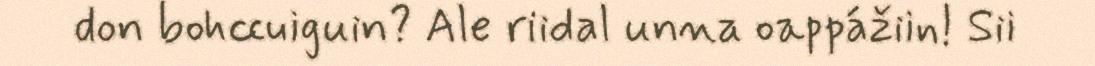
don bohccuiguin? Ale riidal unna oappážiin! Sii